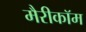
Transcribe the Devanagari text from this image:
मैरीकॉम